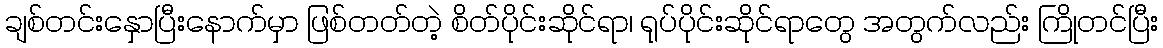
ချစ်တင်းနှောပြီးနောက်မှာ ဖြစ်တတ်တဲ့ စိတ်ပိုင်းဆိုင်ရာ၊ ရုပ်ပိုင်းဆိုင်ရာတွေ အတွက်လည်း ကြိုတင်ပြီး